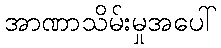
အာဏာသိမ်းမှုအပေါ်